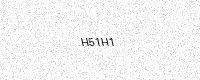
Text: H51H1